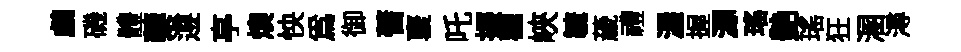
鸕磯體藜遵亭燠怏為御蓍裦吒振鸛峽毓薉禮渥握源瑤艶瑶狂溷潯